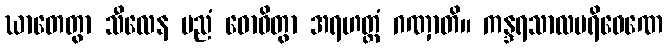
ဃာတေတွာ သီလေန ပညံ ဓောဝိတွာ အရဟတ္တံ ဂဏှာတိ။ ကန္ဒရသာလပရိဝေဏေ